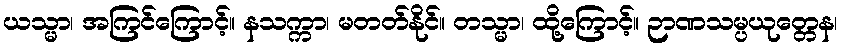
ယသ္မာ၊ အကြင်ကြောင့်။ နသက္ကာ၊ မတတ်နိုင်။ တသ္မာ၊ ထို့ကြောင့်။ ဉာဏသမ္ပယုတ္တေန၊